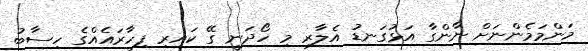
މަންމަމެންނަށް ނާންގާ އަޅުގަނޑު އެލާރި މި ހޯދަނީ ގޭ ކައިރި ފިހާރައެއްގެ ހިސާބު